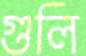
গুলি